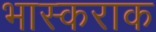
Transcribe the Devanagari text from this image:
भास्कराक